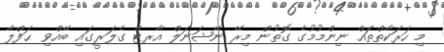
މި ހަރަކާތްތައް ނިންމުމުގެ ގޮތުން މިރޭ ނޭޝަނަލް އާރޓް ގެލަރީގައި ބޭއްވި ޙަފްލާ